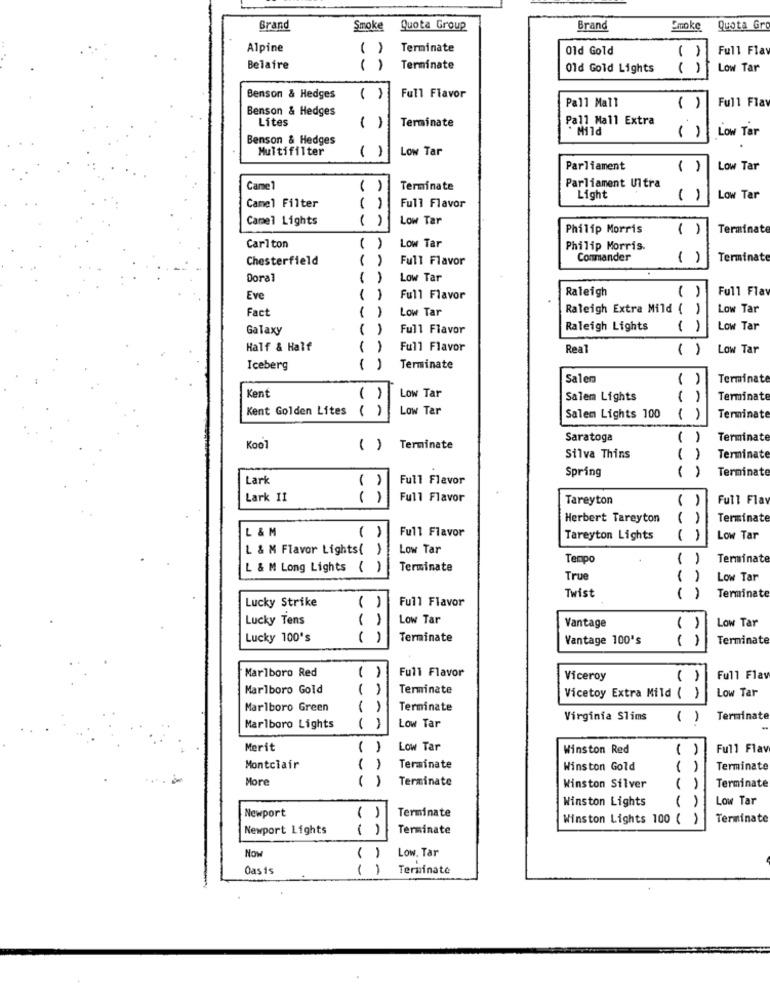
Brand
Smoke
Quota Group
Brand
Smoke
Quota Gro
Alpine
( )
Terminate
Old Gold
Full Flat
( )
Belaire
( )
Terminate
Old Gold Lights
Low Tar
Benson & Hedges
( )
Full Flavor
Pall Mall
Full Flat
Benson & Hedges
( )
Lites
Terminate
Pall Mall Extra
()
. Mild
Benson & Hedges
()
Low Tar
Multifilter
Low Tar
( )
Parliament
( )
Low Tar
Came1
()
Terminate
Parliament Ultra
Light
()
Low Tar
Camel Filter
( )
Full Flavor
Camel Lights
( )
Low Tar
Philip Morris
()
Terminate
Carlton
( )
Low Tar
Philip Morris.
Chesterfield
( )
Full Flavor
Commander
( )
Terminate
Doral
( )
Low Tar
Raleigh
Full Flat
Eve
()
Full Flavor
( )
Fact
()
Low Tar
Raleigh Extra Mild ( )
Low Tar
Galaxy
()
Full Flavor
Raleigh Lights
( )
Low Tar
Half & Half
-
Full Flavor
Real
( )
Low Tar
Iceberg
( )
Terminate
Salem
( )
Terminate
Kent
()
Low Tar
Salem Lights
( )
Terminate
Kent Golden Lites
()
Low Tar
Salem Lights 100
()
Terminat
Saratoga
( )
Terminate
Kool
( ) Terminate
Silva Thins
( )
Terminate
Spring
Terminate
Lark
Full Flavor
( )
( )
Lark 11
()
Full Flavor
Tareyton
( )
Full Flay
Herbert Tareyton
( )
Terminate
L & M
()
Full Flavor
Tareyton Lights
( )
Low Tar
L & M Flavor Lights( )
Low Tar
Tempo
( )
Terminate
L & M Long Lights ( )
Terminate
Tru
( )
Low Tar
Lucky Strike
Full Flavor
Twist
Terminate
( )
Lucky Tens
Low Tar
Vantage
Low Tar
()
Lucky 100's
( )
Terminate
Vantage 100's
-
Terminate
Marlboro Red
Full Flavor
( )
Viceroy
()
Full Flav
Marlboro Gold
( )
Terminate
Low Tar
Vicetoy Extra Mild ( )
Marlboro Green
( )
Terminate
Virginia Slims
()
Terminate
Marlboro Lights
()
Low Tar
Merit
( )
Low Tar
Winston Red
( )
Full Flav
Montclair
( )
Terminate
Winston Gold
( )
Terminate
More
( )
Terminate
( )
Winston Silver
Terminate
Winston Lights
( )
Low Tar
Newport
( )
Terminate
Winston Lights 100 ( )
Terminate
Newport Lights
()
Terminate
Now
Low. Tar
( )
Oasis
()
Terminate